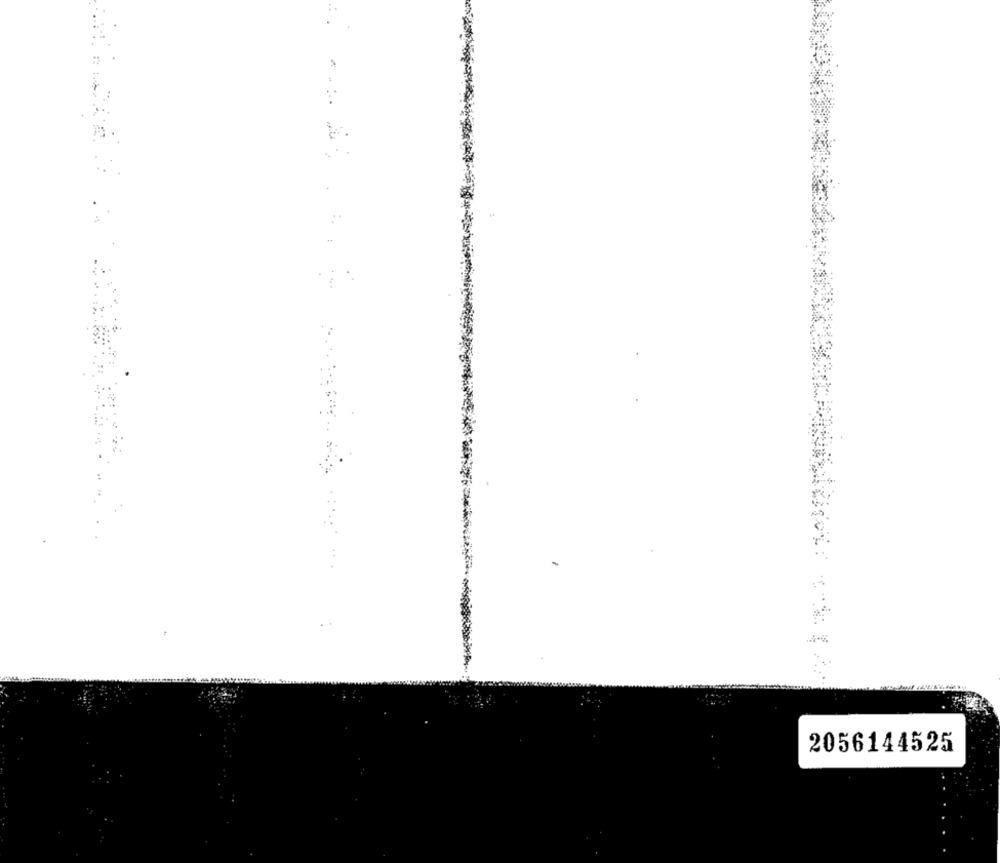
2056144525